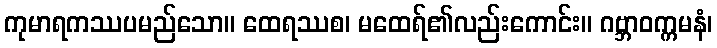
ကုမာရကဿပမည်သော။ ထေရဿစ၊ မထေရ်၏လည်းကောင်း။ ဂဗ္ဘာဝက္ကမနံ၊